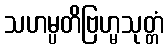
သဟမ္ပတိဗြဟ္မသုတ္တံ